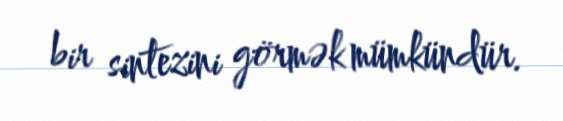
bir sintezini görmək mümkündür.